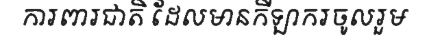
ការពារជាតិ ដែលមានកីឡាករចូលរួម